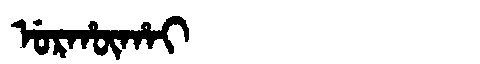
Manchu: ᡠᡵᡥᡡᡥᠠᡳ
Romanization: URHŪHAI